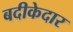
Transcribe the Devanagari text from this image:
बदीकेदार